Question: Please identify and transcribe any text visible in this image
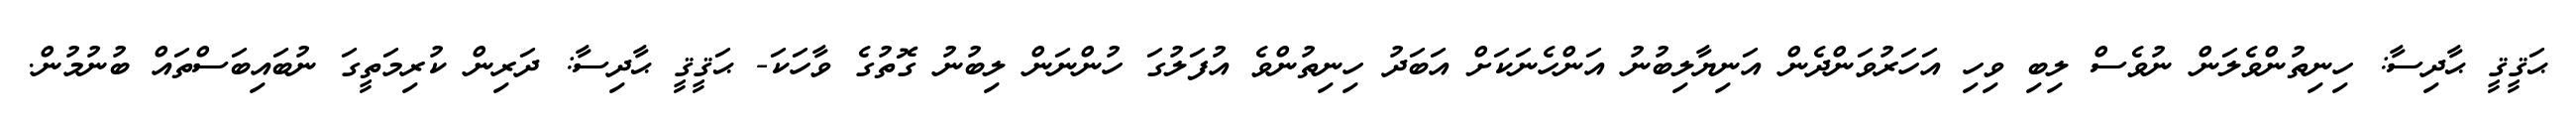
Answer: ޙަޤީޤީ ޙާދިސާ: ހިނިތުންވެލަން ނުވެސް ލިބި ވިހި އަހަރުވަންދެން އަނިޔާލިބުނު އަންހެނަކަށް އަބަދު ހިނިތުންވެ އުފަލުގަ ހުންނަން ލިބުނު ގޮތުގެ ވާހަކަ- ޙަޤީޤީ ޙާދިސާ: ދަރިން ކުރިމަތީގަ ނުބައިބަސްތައް ބުނުމުން.